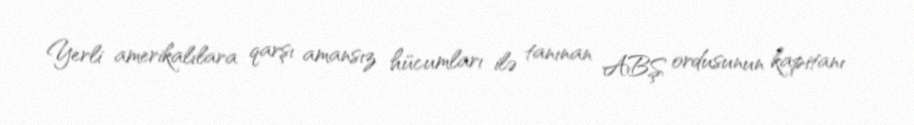
Yerli amerikalılara qarşı amansız hücumları ilə tanınan ABŞ ordusunun kapitanı